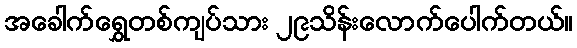
အခေါက်ရွှေတစ်ကျပ်သား ၂၉သိန်းလောက်ပေါက်တယ်။